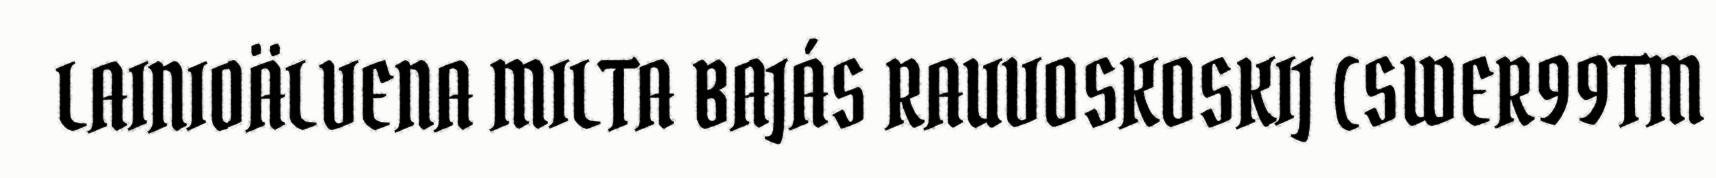
LAINIOÄLVENA MILTA BAJÁS RAUVOSKOSKIJ (SWER99TM